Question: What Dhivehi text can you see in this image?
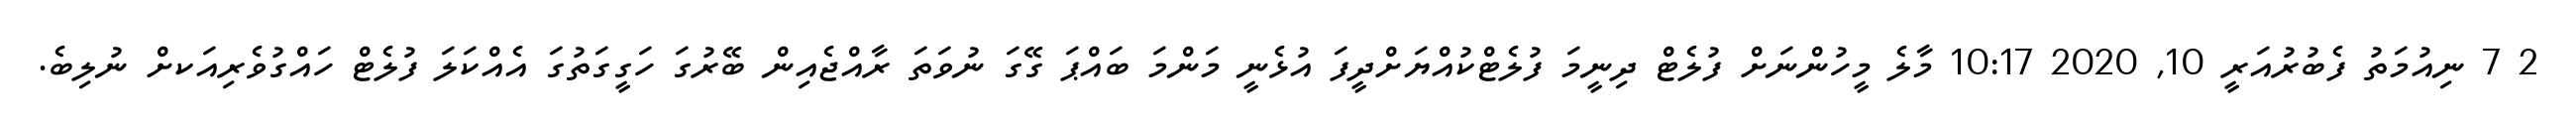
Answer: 2 7 ނިއުމަތު ފެބުރުއަރީ 10, 2020 10:17 މާލެ މީހުންނަށް ފުލެޓް ދިނީމަ ފުލެޓްކުއްޔަށްދީފަ އުޅެނީ މަންމަ ބައްޕަ ގޭގަ ނުވަތަ ރާއްޖެއިން ބޭރުގަ ހަގީގަތުގަ އެއްކަލަ ފުލެޓް ހައްގުވެރިއަކށް ނުލިބެ.